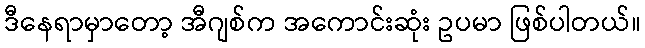
ဒီနေရာမှာတော့ အီဂျစ်က အကောင်းဆုံး ဥပမာ ဖြစ်ပါတယ်။